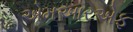
એમઆરએફ